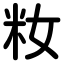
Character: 籹